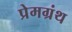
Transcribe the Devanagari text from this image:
प्रेमग्रंथ